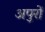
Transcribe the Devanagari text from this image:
अपुरों